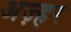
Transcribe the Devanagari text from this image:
अज़्हर